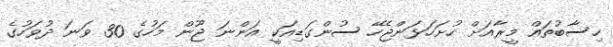
ހިސާބުތައް މީރާއަށް ހުށަހަޅަންޖެހޭ ސުންގަޑިއަކީ އަންނަ ޖޫން މަހުގެ 30 ވަނަ ދުވަހުގެ